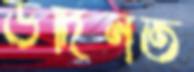
উদিনত